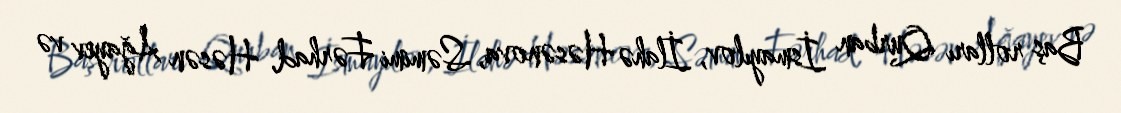
Baş rolları Qurban İsmayılov, İlahə Həsənova, Səmimi Fərhad, Həsən Ağayev və